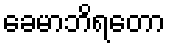
ခေမာဘိရတော